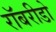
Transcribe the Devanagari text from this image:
रॉबरीडो